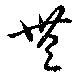
無